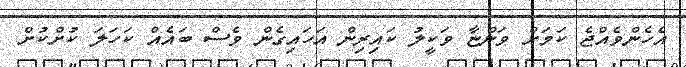
އެހެންވެއްޖެ ކަމަށް ވަންޏާ ވަކީލު ކައިރިން އަހައިގެން ވެސް ބައެއް ކަހަލަ ކުށްކުށް